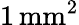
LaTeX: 1\, \mathrm{mm}^{2}